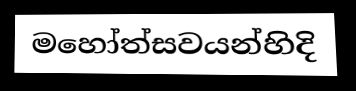
මහෝත්සවයන්හිදි